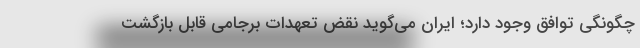
چگونگی توافق وجود دارد؛ ایران می‌گوید نقض تعهدات برجامی قابل بازگشت